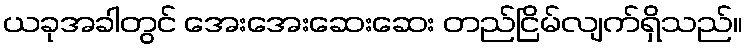
ယခုအခါတွင် အေးအေးဆေးဆေး တည်ငြိမ်လျက်ရှိသည်။